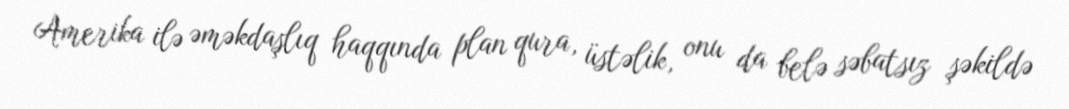
Amerika ilə əməkdaşlıq haqqında plan qura, üstəlik, onu da belə səbatsız şəkildə